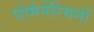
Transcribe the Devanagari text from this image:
पोमेनेरियनों